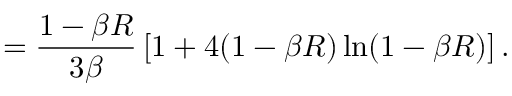
= \frac { 1 - \beta R } { 3 \beta } \left[ 1 + 4 ( 1 - \beta R ) \ln ( 1 - \beta R ) \right] .